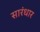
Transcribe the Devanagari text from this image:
सारंधार